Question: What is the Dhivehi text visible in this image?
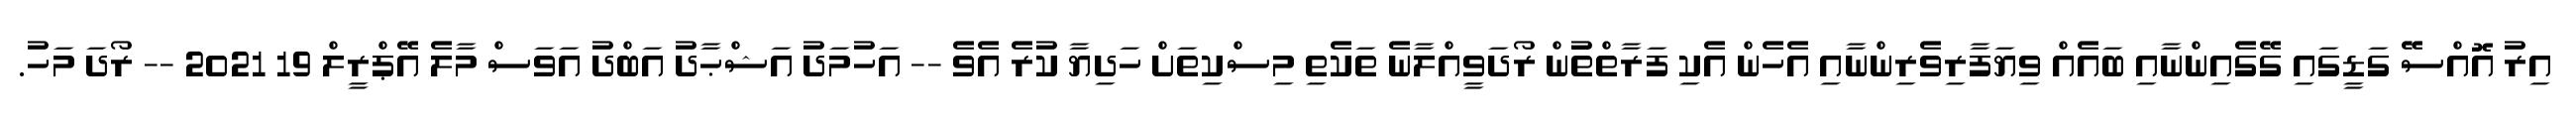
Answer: އިރު އޮއްސޭ ގަޑީގައި ގޭގެއިންނާއި ބައެއް ވިޔަފާރިވެރިންނާއި އެހެން އެކި ފަރާތްތަުން ރޯދަވީއްލާނެ ތަކެތި މިސްކިތަށް ހަދިޔާ ކުރެ އެވެ -- އަހުމަދު އަޝްޙާދު އަބްދު އަވަސް މާލެ އޭޕްރީލް 19 2021 -- ރޯދަ މަހު.